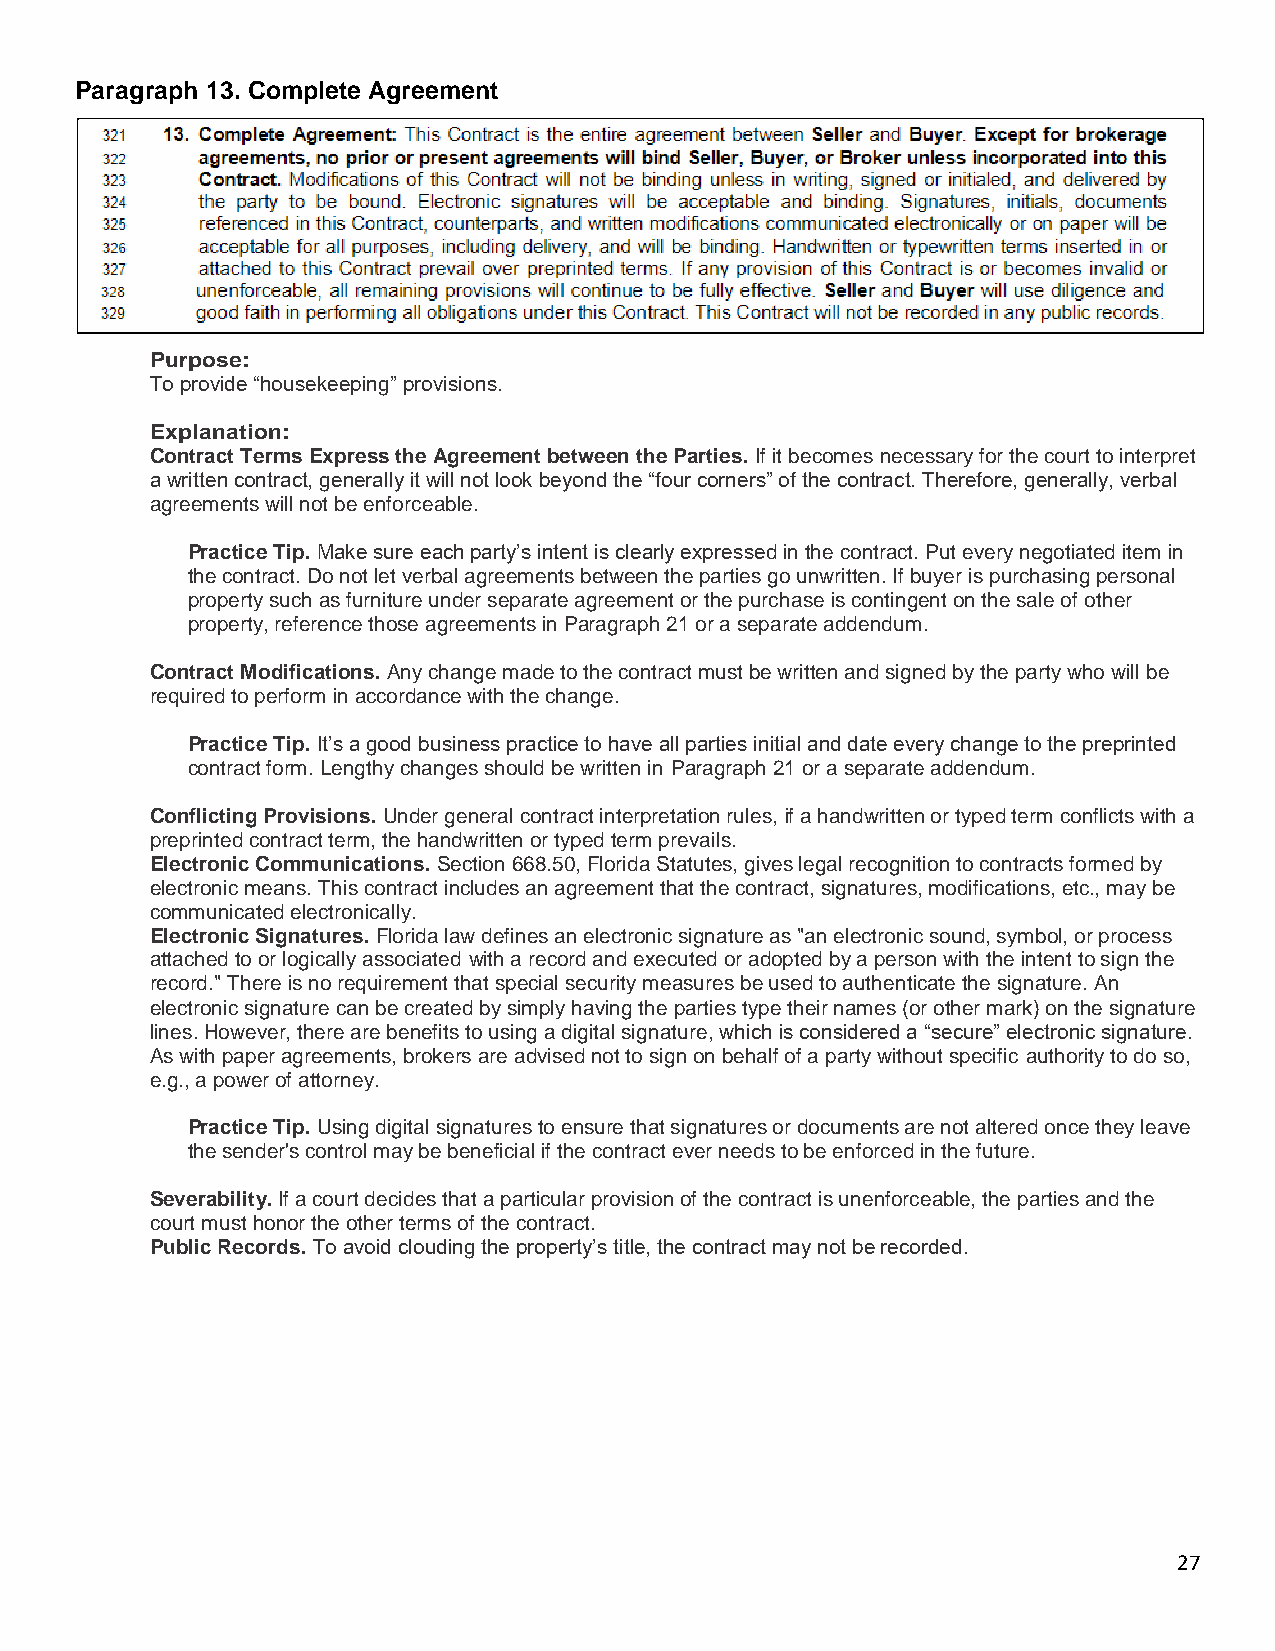
Paragraph 13. Complete Agreement
 Purpose:
 To provide “housekeeping” provisions.
 Explanation:
 Contract Terms Express the Agreement between the Parties. If it becomes necessary for the court to interpret
 a written contract, generally it will not look beyond the “four corners” of the contract. Therefore, generally, verbal
 agreements will not be enforceable.
 Practice Tip. Make sure each party’s intent is clearly expressed in the contract. Put every negotiated item in
 the contract. Do not let verbal agreements between the parties go unwritten. If buyer is purchasing personal
 property such as furniture under separate agreement or the purchase is contingent on the sale of other
 property, reference those agreements in Paragraph 21 or a separate addendum.
 Contract Modifications. Any change made to the contract must be written and signed by the party who will be
 required to perform in accordance with the change.
 Practice Tip. It’s a good business practice to have all parties initial and date every change to the preprinted
 contract form. Lengthy changes should be written in Paragraph 21 or a separate addendum.
 Conflicting Provisions. Under general contract interpretation rules, if a handwritten or typed term conflicts with a
 preprinted contract term, the handwritten or typed term prevails.
 Electronic Communications. Section 668.50, Florida Statutes, gives legal recognition to contracts formed by
 electronic means. This contract includes an agreement that the contract, signatures, modifications, etc., may be
 communicated electronically.
 Electronic Signatures. Florida law defines an electronic signature as "an electronic sound, symbol, or process
 attached to or logically associated with a record and executed or adopted by a person with the intent to sign the
 record." There is no requirement that special security measures be used to authenticate the signature. An
 electronic signature can be created by simply having the parties type their names (or other mark) on the signature
 lines. However, there are benefits to using a digital signature, which is considered a “secure” electronic signature.
 As with paper agreements, brokers are advised not to sign on behalf of a party without specific authority to do so,
 e.g., a power of attorney.
 Practice Tip. Using digital signatures to ensure that signatures or documents are not altered once they leave
 the sender's control may be beneficial if the contract ever needs to be enforced in the future.
 Severability. If a court decides that a particular provision of the contract is unenforceable, the parties and the
 court must honor the other terms of the contract.
 Public Records. To avoid clouding the property’s title, the contract may not be recorded.
 27